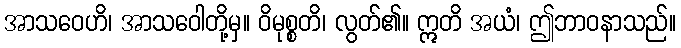
အာသဝေဟိ၊ အာသဝေါတို့မှ။ ဝိမုစ္စတိ၊ လွတ်၏။ ဣတိ အယံ၊ ဤဘာဝနာသည်။